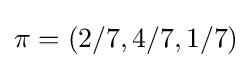
\pi =(2/7,4/7,1/7)